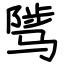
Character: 骘